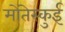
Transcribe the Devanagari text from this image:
मोंतेस्कुई